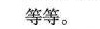
等等。